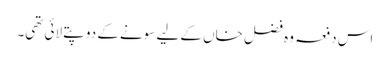
اس دفعہ وہ فضل خاں کے لیے سونے کے دو پتے لائی تھی۔